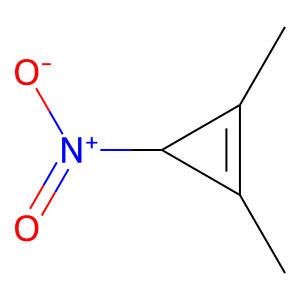
SMILES: CC1=C(C)C1[N+](=O)[O-]
Inhibits HIV replication: No